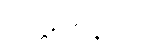
ဝုတ္တဝစနာပိ